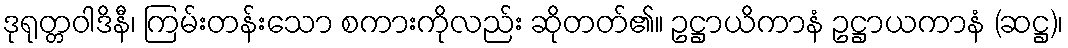
ဒုရုတ္တဝါဒိနီ၊ ကြမ်းတန်းသော စကားကိုလည်း ဆိုတတ်၏။ ဥဋ္ဌာယိကာနံ ဥဋ္ဌာယကာနံ (ဆဋ္ဌ)၊